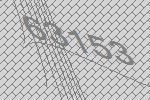
63153